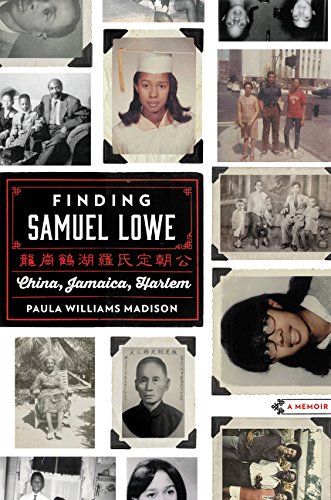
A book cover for Finding Samuel Lowe: China, Jamaica, Harlem; Paula Williams Madison; Biographies & Memoirs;